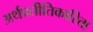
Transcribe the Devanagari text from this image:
अर्थप्रतीतिकारिता